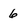
Character: 6